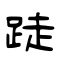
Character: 跿